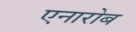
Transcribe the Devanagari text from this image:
एनारोब